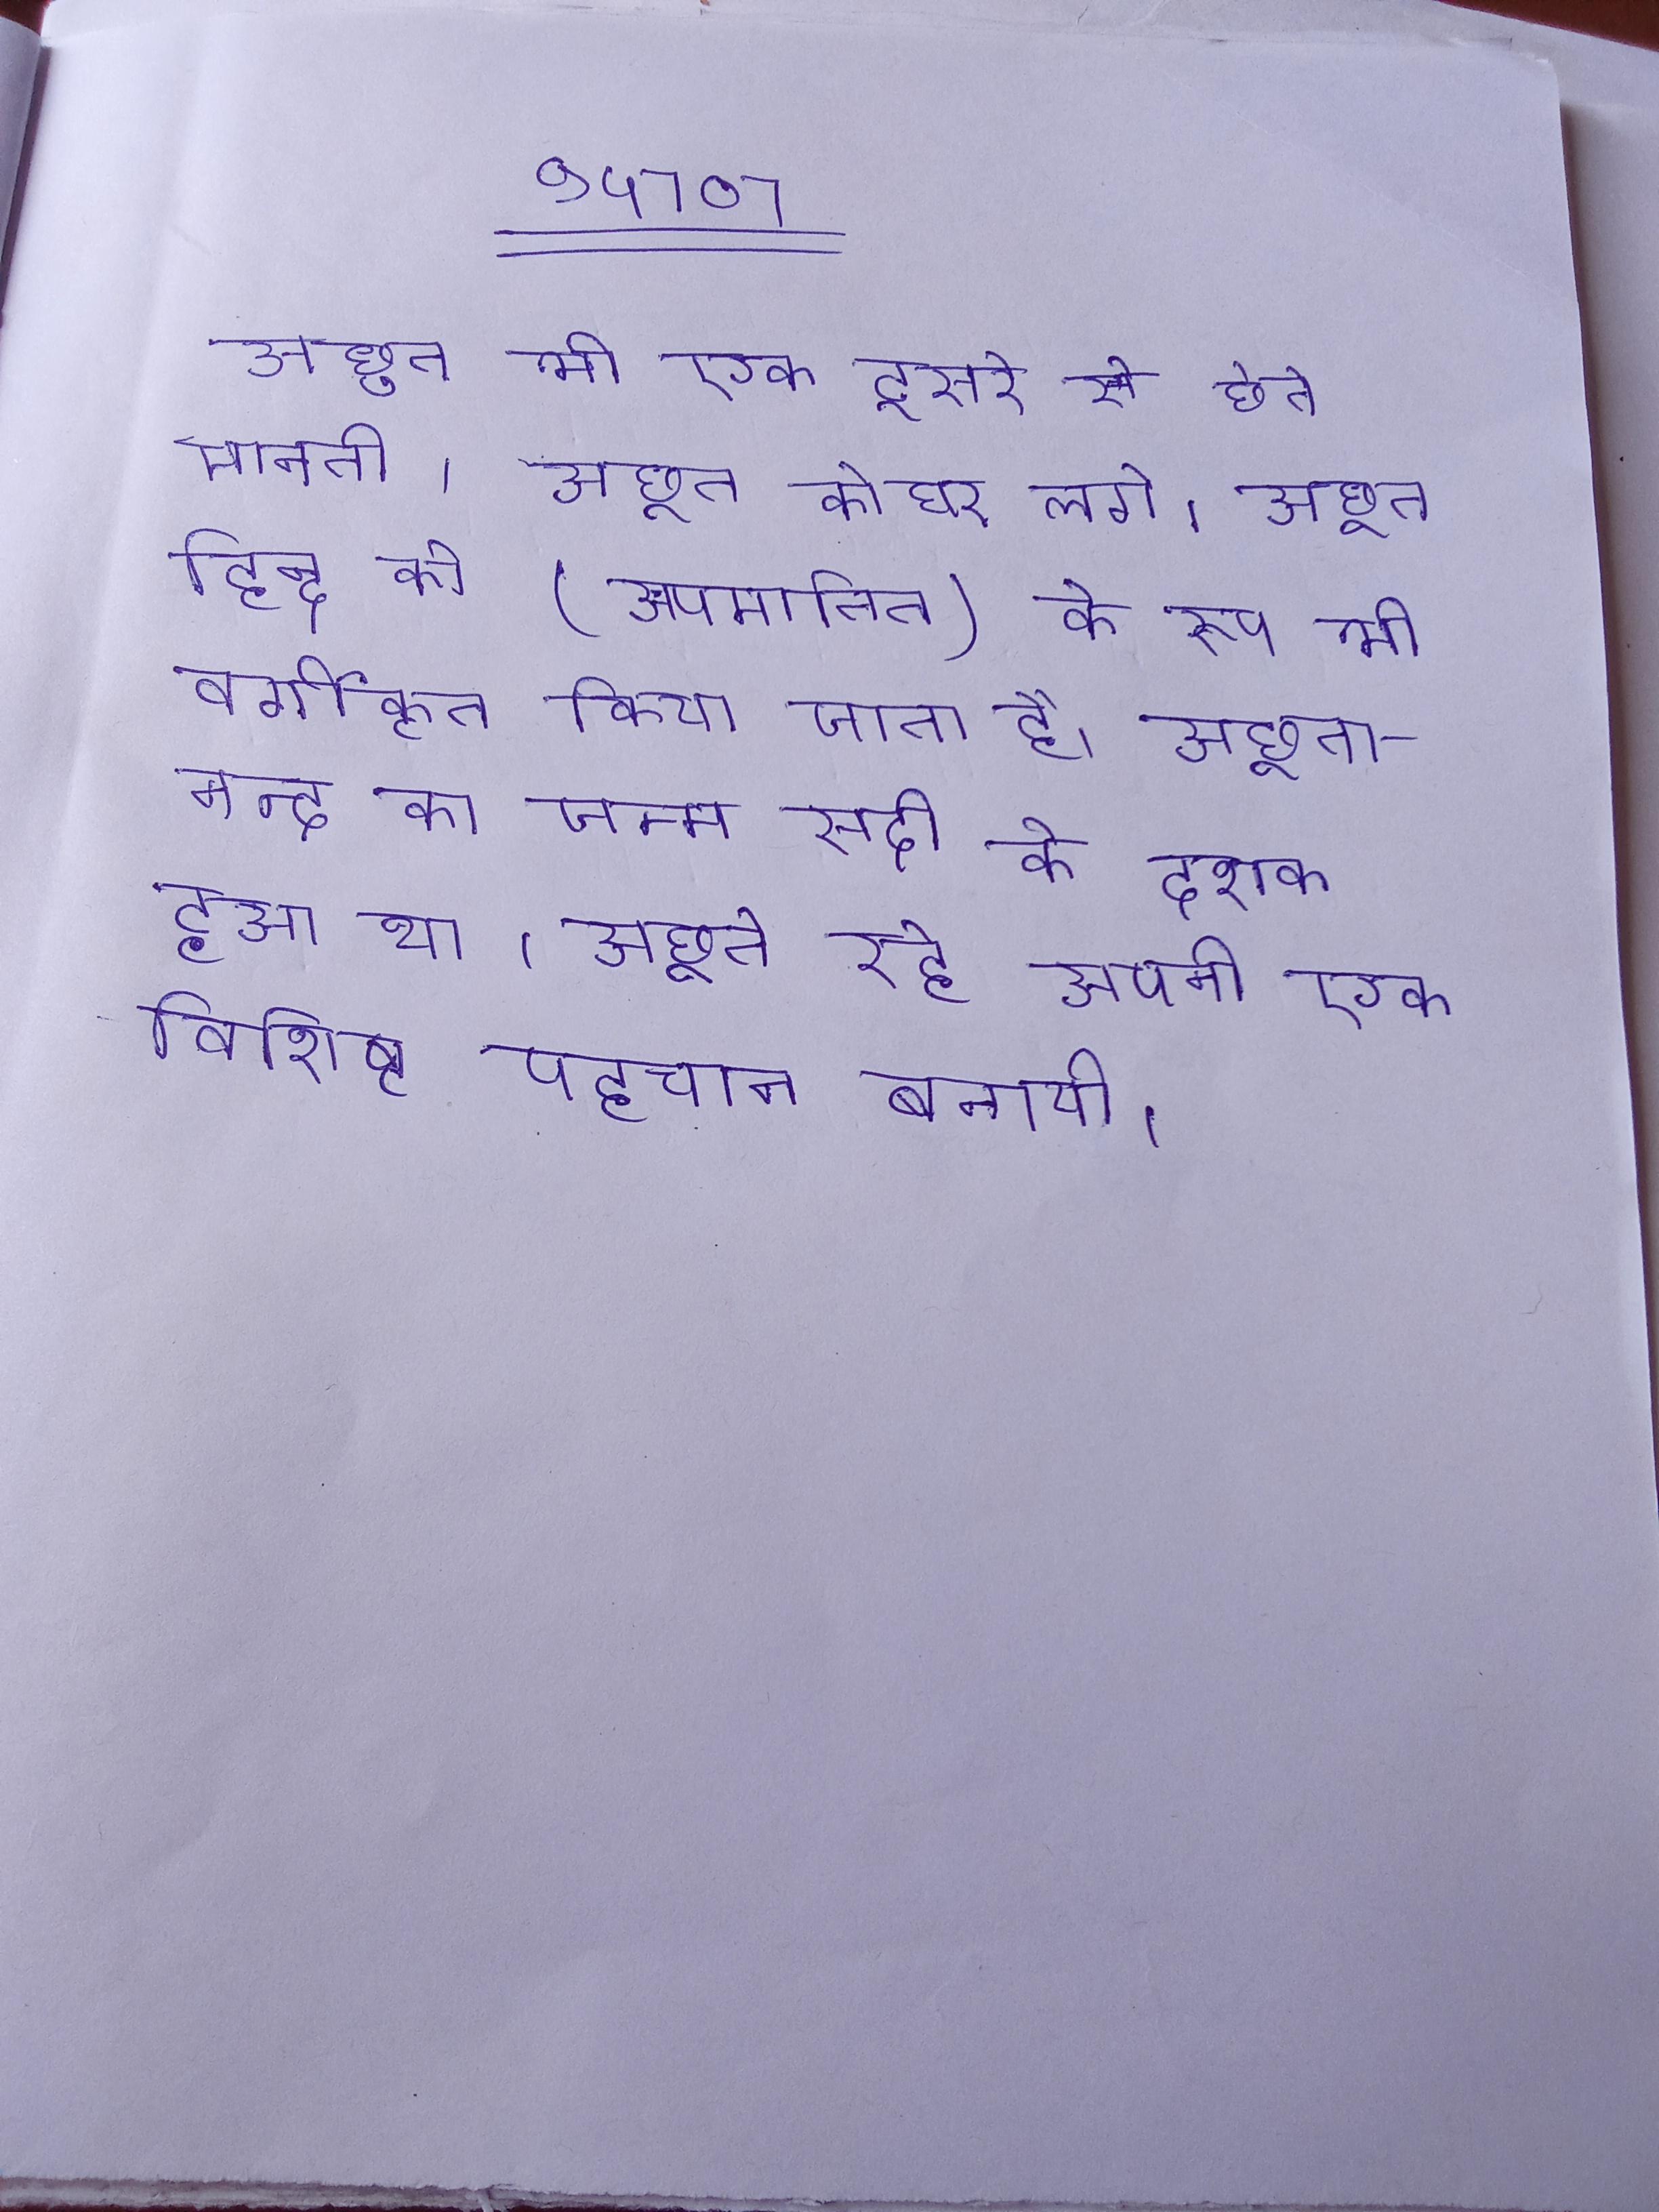
अछूत भी एक दूसरे से छूत मानती । अछूत को घर लगे । अछूत हिन्दू को ("अपमानित") के रूप भी वर्गीकृत किया जाता है । अछूतानन्द का जन्म सदी के दशक हुआ था । अछूते रहे अपनी एक विशिष्ट पहचान बनायी ।